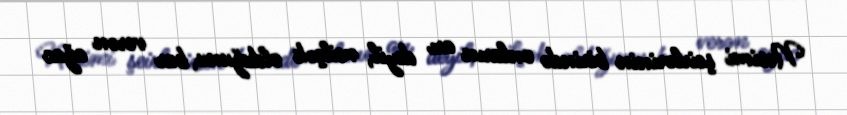
Nəsimi şeirlərinin birində onların arı deyil, milçək olduğunu, bar verən ağac